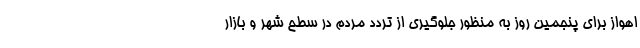
اهواز برای پنجمین روز به منظور جلوگیری از تردد مردم در سطح شهر و بازار